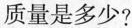
质量是多少?